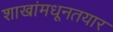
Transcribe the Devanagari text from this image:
शाखांमधूनतयार